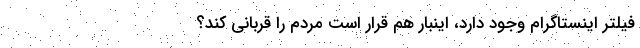
فیلتر اینستاگرام وجود دارد، اینبار هم قرار است مردم را قربانی کند؟